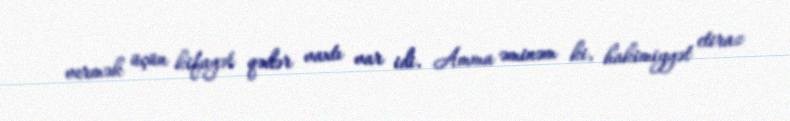
vermək üçün kifayət qədər vaxtı var idi. Amma əminəm ki, hakimiyyət etiraz